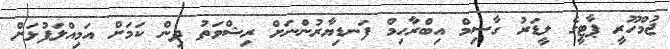
ޖުމްހޫރީ ޕާޓީގެ ލީޑަރު ގާސިމް އިބްރާހިމް ފަނޑިޔާރުންނަށް ރިޝްވަތު ދިން ކަމަށް އަމިއްލަފުޅަށް